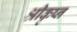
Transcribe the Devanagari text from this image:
श्रीकृष्न